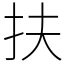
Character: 扶